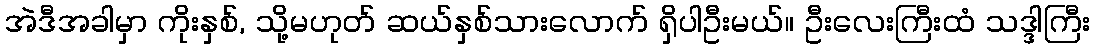
အဲဒီအခါမှာ ကိုးနှစ်, သို့မဟုတ် ဆယ်နှစ်သားလောက် ရှိပါဦးမယ်။ ဦးလေးကြီးထံ သဒ္ဒါကြီး